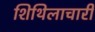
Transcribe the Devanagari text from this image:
शिथिलाचारी